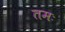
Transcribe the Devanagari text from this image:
तमः